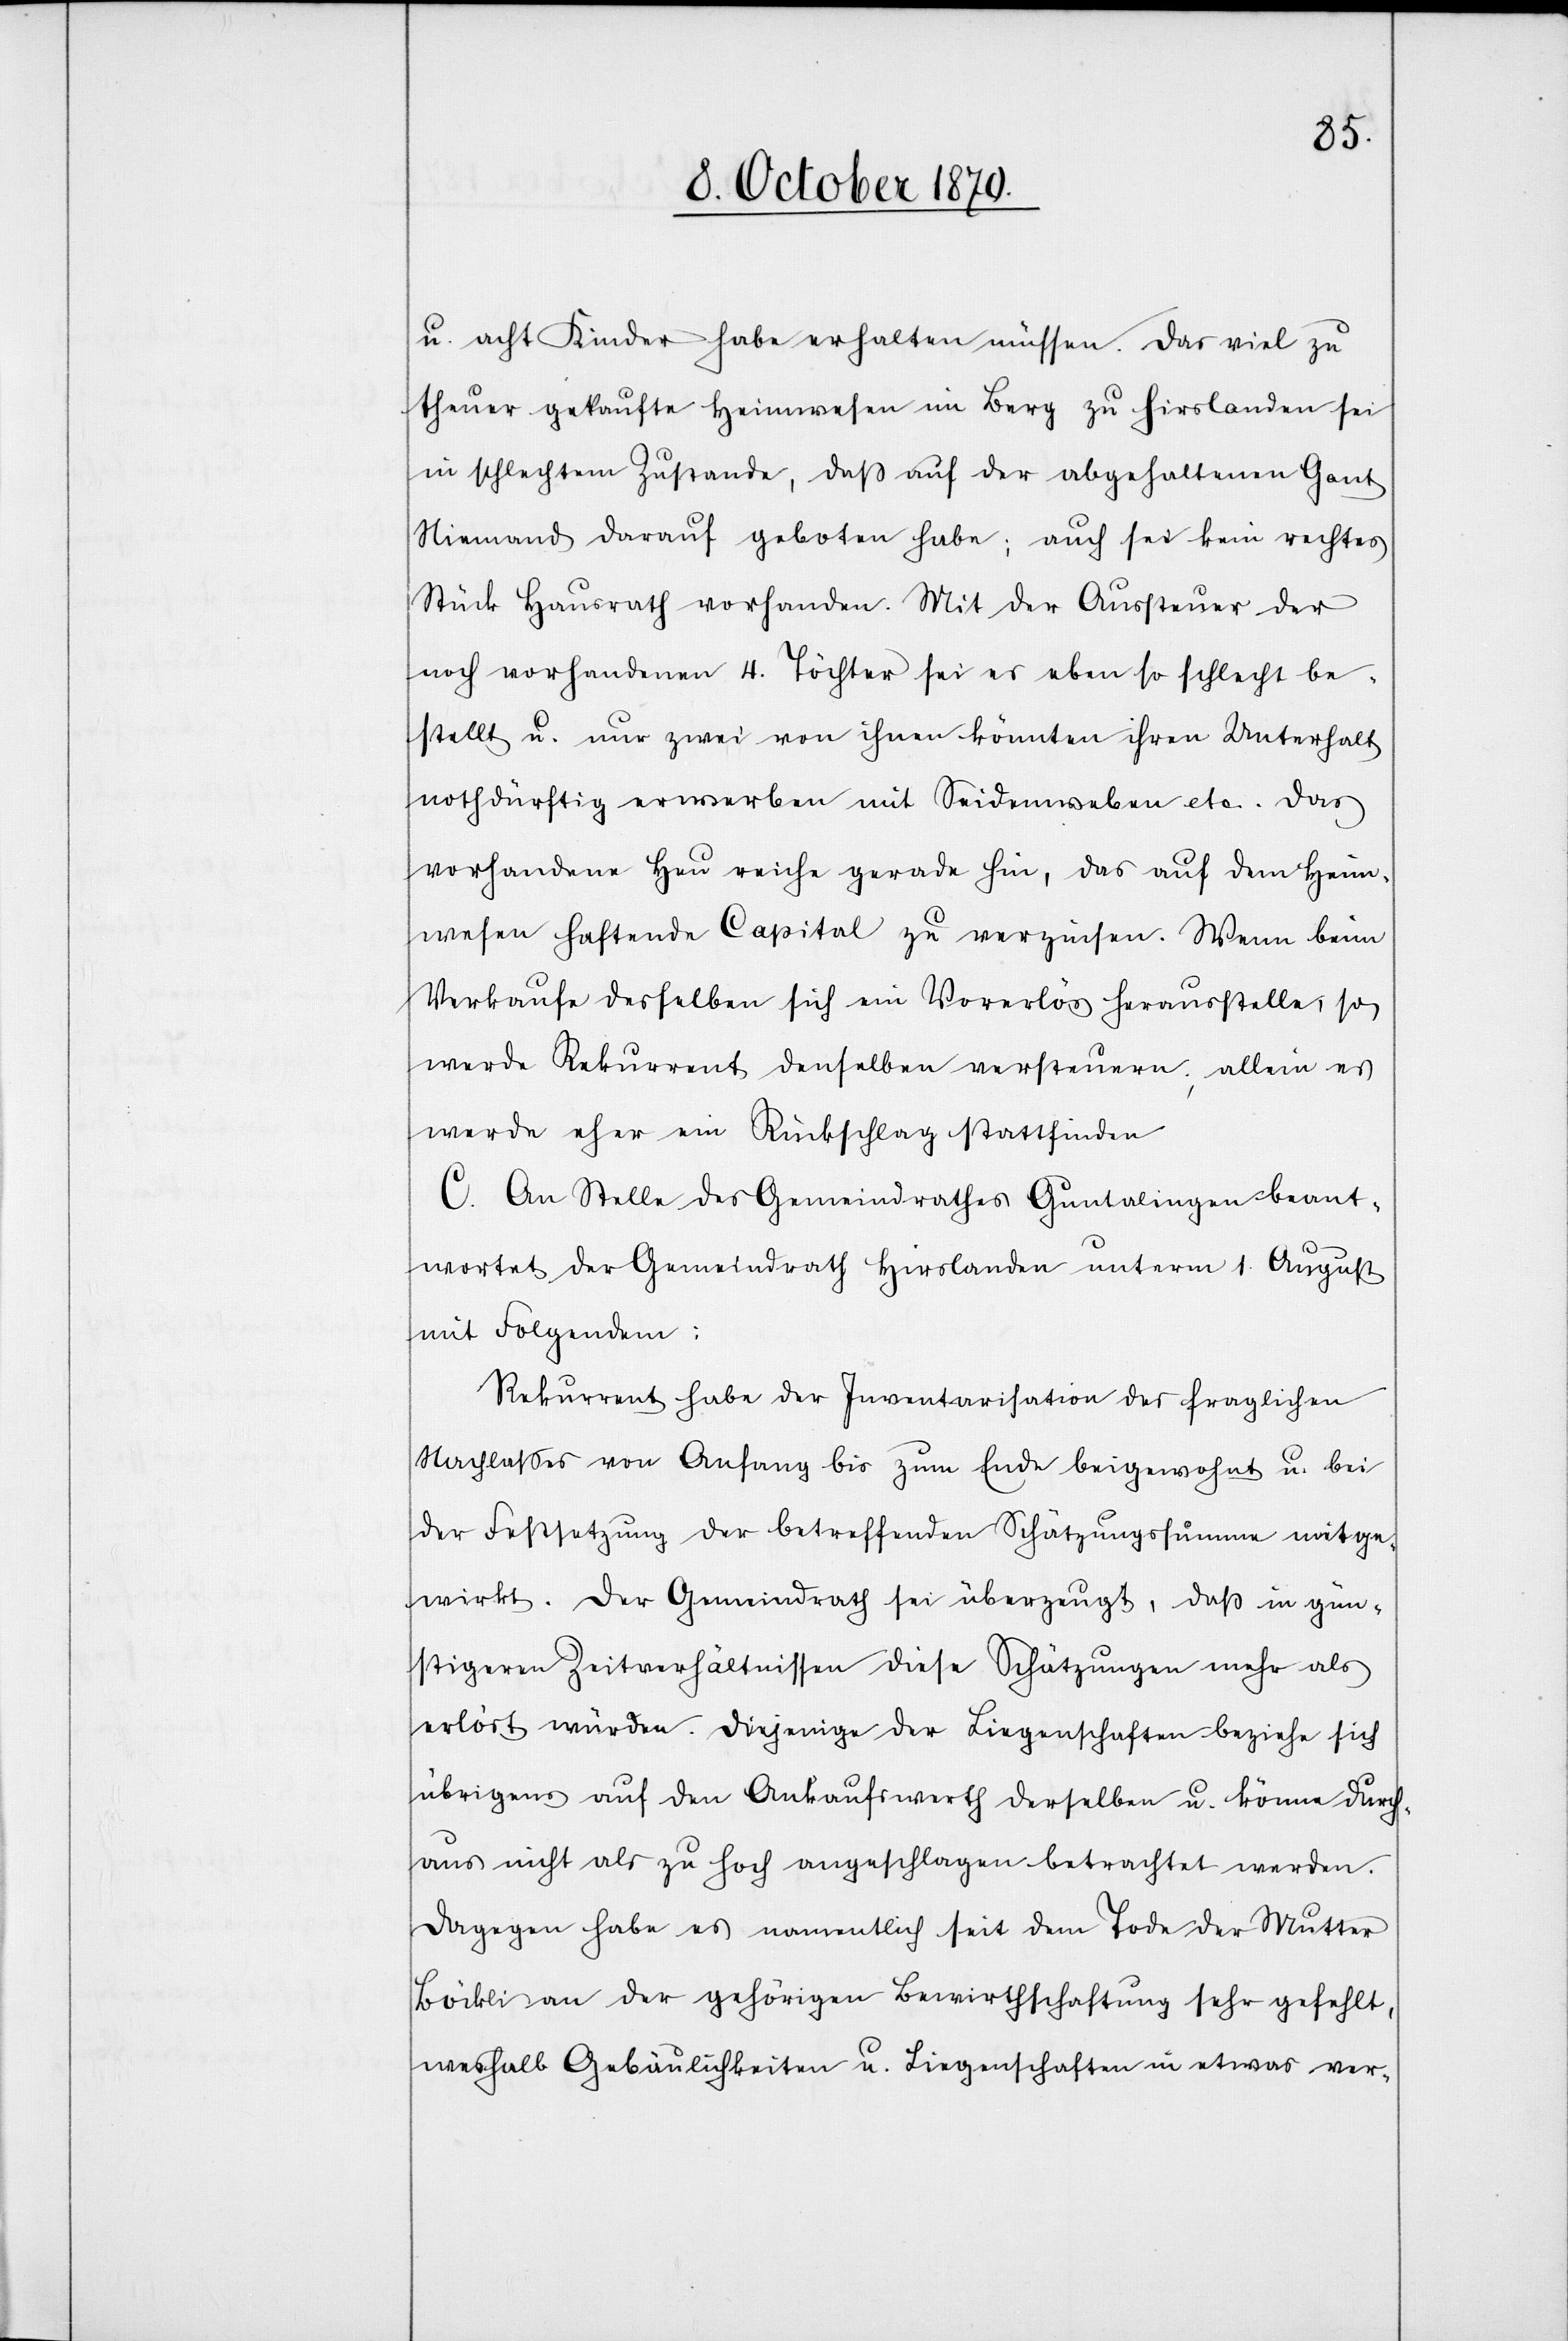
u. acht Kinder habe erhalten müssen. Das viel zu
theuer gekaufte Heimwesen im Berg zu Hirslanden sei
in schlechtem Zustande, daß auf der abgehaltenen Gant
Niemand darauf geboten habe; auch sei kein rechtes
Stück Hausrath vorhanden. Mit der Aussteuer der
noch vorhandenen 4 Töchter sei es ebenso schlecht be¬
stellt u. nur zwei von ihnen könnten ihren Unterhalt
nothdürftig erwerben mit Seidenweben etc. Das
vorhandene Heu reiche gerade hin, das auf dem Heim¬
wesen haftende Capital zu verzinsen. Wenn beim
Verkaufe desselben sich ein Vorerlös herausstelle, so
werde Rekurrent denselben versteuern, allein es
werde eher ein Rückschlag stattfinden.
C. An Stelle des Gemeindrathes Guntalingen beant¬
wortet der Gemeindrath Hirslanden unterm 1. August
mit Folgendem:
Rekurrent habe der Inventarisation des fraglichen
Nachlasses von Anfang bis zum Ende beigewohnt u. bei
der Festsetzung der betreffenden Schätzungssumme mitge¬
wirkt. Der Gemeindrath sei überzeugt, daß in gün¬
stigeren Zeitverhältnissen diese Schätzungen mehr als
erlöst würden. Diejenige der Liegenschaften beziehe sich
übrigens auf den Ankaufswerh derselben u. könne durc¬
haus nicht als zu hoch angeschlagen betrachtet werden.
Dagegen habe es namentlich seit dem Tode der Mutter
Böckli an der gehörigen Bewirthschaftung sehr gefehlt,
weshalb Gebäulichkeiten u. Liegenschaften in etwas ver-